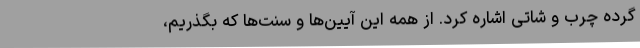
گرده چرب و شاتی اشاره کرد. از همه این آیین‌ها و سنت‌ها که بگذریم،